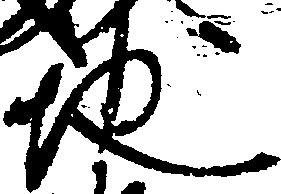
地